画像に写った文字を読んでください
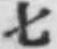
「七」と書いてあります